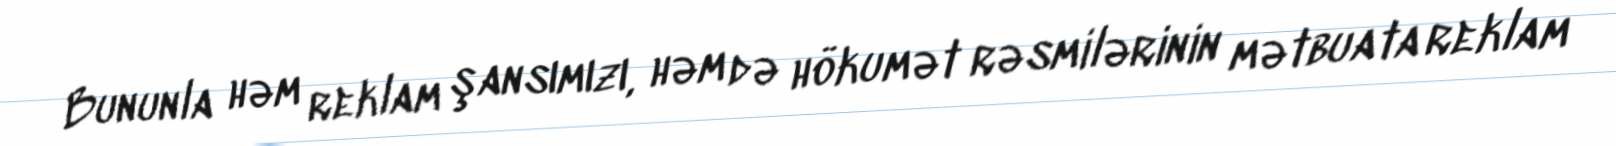
Bununla həm reklam şansımızı, həm də hökumət rəsmilərinin mətbuata reklam